Indian journal of veterinary science and animal husbandry - Volumes 18-21, 1948-1951
Year: 1948
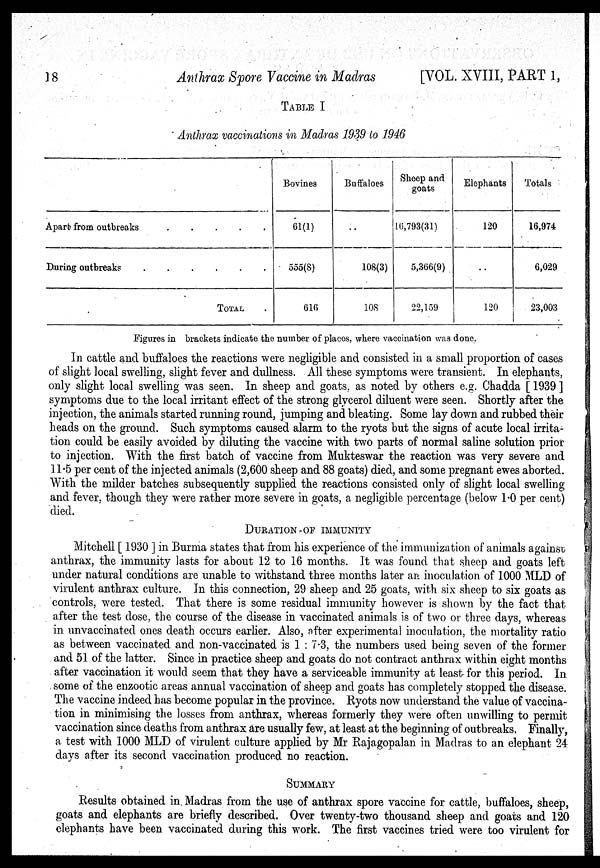
18
Anthrax Spore Vaccine in Madras
[VOL. XVIII, PART 1,
TABLE I
Anthrax vaccinations in Madras 1939 to 1946
Apart from outbreaks
.
.
.
.
.
During outbreaks . . .
TOTAL
Bovines
61(1)
555(8)
616
Buffaloes
..
108(3)
10S
Sheep and
goats
16,793(31)
5,366(9)
22,159
Elephants
120
..
120
Totals
16,974
6,029
23,003
Figures in brackets indicate the number of places, where vaccination was done.
In cattle and buffaloes the reactions were negligible and consisted in a small proportion of cases
of slight local swelling, slight fever and dullness. All these symptoms were transient. In elephants,
only slight local swelling was seen. In sheep and goats, as noted by others e.g. Chadda [1939]
symptoms due to the local irritant effect of the strong glycerol diluent were seen. Shortly after the
injection, the animals started running round, jumping and bleating. Some lay down and rubbed their
heads on the ground. Such symptoms caused alarm to the ryots but the signs of acute local irrita-
tion could be easily avoided by diluting the vaccine with two parts of normal saline solution prior
to injection. With the first batch of vaccine from Mukteswar the reaction was very severe and
11.5 per cent of the injected animals (2,600 sheep and 88 goats) died, and some pregnant ewes aborted.
With the milder batches subsequently supplied the reactions consisted only of slight local swelling
and fever, though they were rather more severe in goats, a negligible percentage (below 1.0 per cent)
died.
DURATION OF IMMUNITY
Mitchell [1930 ] in Burma states that from his experience of the immunization of animals against
anthrax, the immunity lasts for about 12 to 16 months. It was found that sheep and goats left
under natural conditions are unable to withstand three months later an inoculation of 1000 MLD of
virulent anthrax culture. In this connection, 29 sheep and 25 goats, with six sheep to six goats as
controls, were tested. That there is some residual immunity however is shown by the fact that
after the test dose, the course of the disease in vaccinated animals is of two or three days, whereas
in unvaccinated ones death occurs earlier. Also, after experimental inoculation, the mortality ratio
as between vaccinated and non-vaccinated is 1:7.3, the numbers used being seven of the former
and 51 of the latter. Since in practice sheep and goats do not contract anthrax within eight months
after vaccination it would seem that they have a serviceable immunity at least for this period. In
some of the enzootic areas annual vaccination of sheep and goats has completely stopped the disease.
The vaccine indeed has become popular in the province. Ryots now understand the value of vaccina-
tion in minimising the losses from anthrax, whereas formerly they were often unwilling to permit
vaccination since deaths from anthrax are usually few, at least at the beginning of outbreaks. Finally,
a test with 1000 MLD of virulent culture applied by Mr Rajagopalan in Madras to an elephant 24
days after its second vaccination produced no reaction.
SUMMARY
Results obtained in Madras from the use of anthrax spore vaccine for cattle, buffaloes, sheep,
goats and elephants are briefly described. Over twenty-two thousand sheep and goats and 120
elephants have been vaccinated during this work. The first vaccines tried were too virulent for